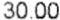
30.00